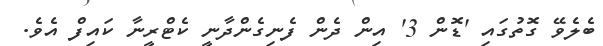
ބެލެވޭ ގޮތުގައި 'ޑޮން 3' އިން ދެން ފެނިގެންދާނީ ކެޓްރީނާ ކައިފް އެވެ.